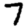
Digit: 7